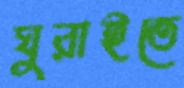
ঘুরাইতে